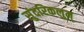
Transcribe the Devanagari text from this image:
सुंदरिकलुम्